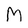
Character: m